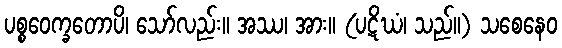
ပစ္စဝေက္ခတောပိ၊ သော်လည်း။ အဿ၊ အား။ (ပဋိဃံ၊ သည်။) သစေနေဝ